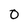
Character: 0